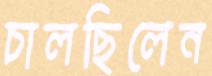
চালছিলেন